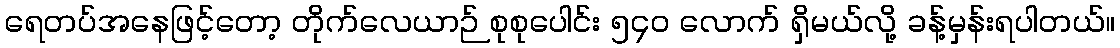
ရေတပ်အနေဖြင့်တော့ တိုက်လေယာဉ် စုစုပေါင်း ၅၄၀ လောက် ရှိမယ်လို့ ခန့်မှန်းရပါတယ်။